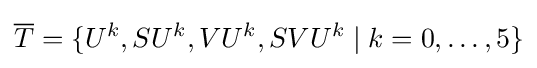
{\overline {T}}=\{U^{k},SU^{k},VU^{k},SVU^{k}\mid k=0,\ldots ,5\}